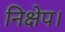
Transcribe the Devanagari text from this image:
निक्षेप।